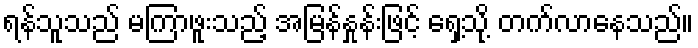
ရန်သူသည် မကြာဖူးသည့် အမြန်နှုန်းဖြင့် ရှေ့သို့ တက်လာနေသည်။